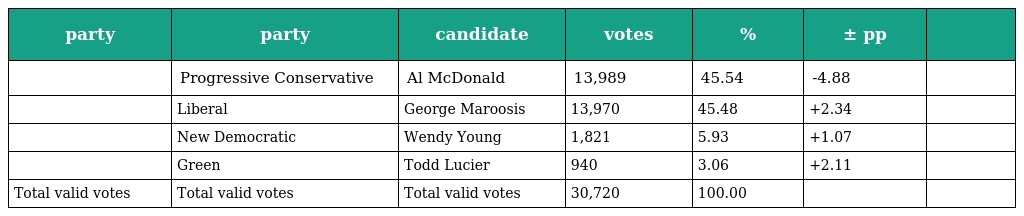
| party | party | candidate | votes | % | ± pp |  |
 | --- | --- | --- | --- | --- | --- | --- |
 |  | Progressive Conservative | Al McDonald | 13,989 | 45.54 | -4.88 |  |
 |  | Liberal | George Maroosis | 13,970 | 45.48 | +2.34 |  |
 |  | New Democratic | Wendy Young | 1,821 | 5.93 | +1.07 |  |
 |  | Green | Todd Lucier | 940 | 3.06 | +2.11 |  |
 | Total valid votes | Total valid votes | Total valid votes | 30,720 | 100.00 |  |  |